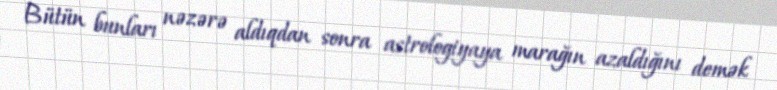
Bütün bunları nəzərə aldıqdan sonra astrologiyaya marağın azaldığını demək